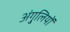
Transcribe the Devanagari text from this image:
अंगु्लियों